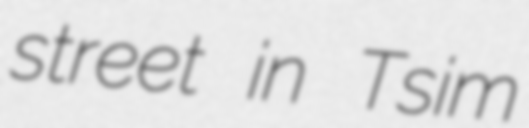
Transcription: street in Tsim